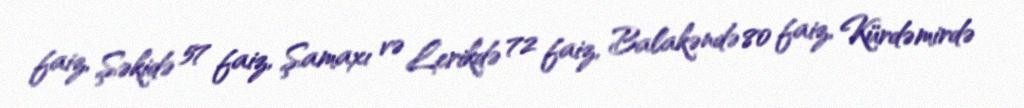
faiz, Şəkidə 57 faiz, Şamaxı və Lerikdə 72 faiz, Balakəndə 80 faiz, Kürdəmirdə